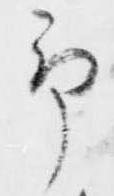
予